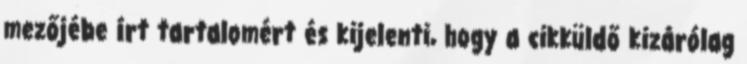
mezőjébe írt tartalomért és kijelenti, hogy a cikküldő kizárólag